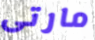
مارتى